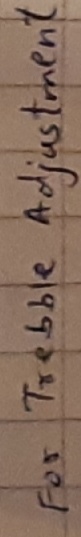
Text: FOR TREBBLE ADJUSTMENT